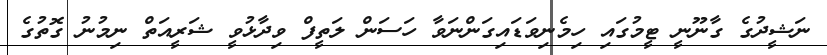
ނަޝީދުގެ ގާނޫނީ ޓީމުގައި ހިމެނިވަޑައިގަންނަވާ ހަސަން ލަތީފް ވިދާޅުވީ ޝަރީއަތް ނިމުނު ގޮތުގެ